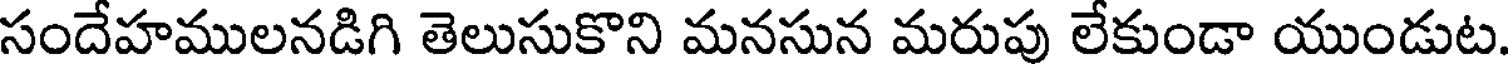
సందేహములనడిగి తెలుసుకొని మనసున మరుపు లేకుండా యుండుట